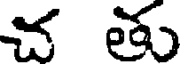
చ తు